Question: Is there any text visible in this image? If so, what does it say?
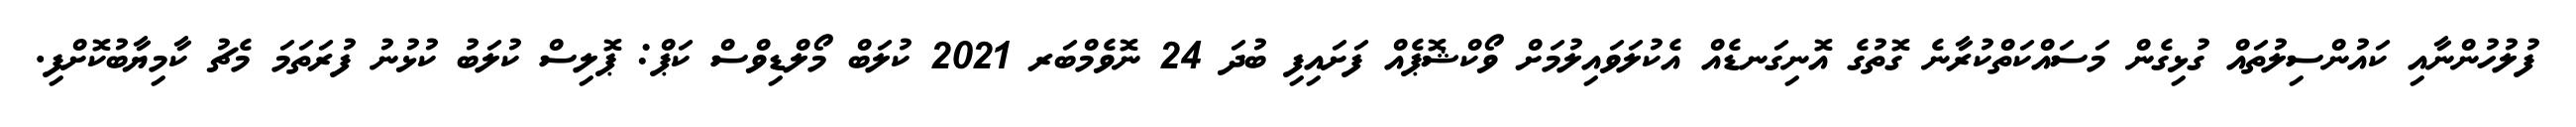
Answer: ފުލުހުންނާއި ކައުންސިލުތައް ގުޅިގެން މަސައްކަތްކުރާނެ ގޮތުގެ އޮނިގަނޑެއް އެކުލަވައިލުމަށް ވޯކްޝޮޕެއް ފަށައިފި ބުދަ 24 ނޮވެމްބަރ 2021 ކުލަބް މޯލްޑިވްސް ކަޕް: ޕޮލިސް ކުލަބު ކުޅުނު ފުރަތަމަ މެޗު ކާމިޔާބުކޮށްފި.